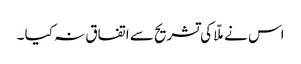
اس نے ملّا کی تشریح سے اتفاق نہ کیا ۔